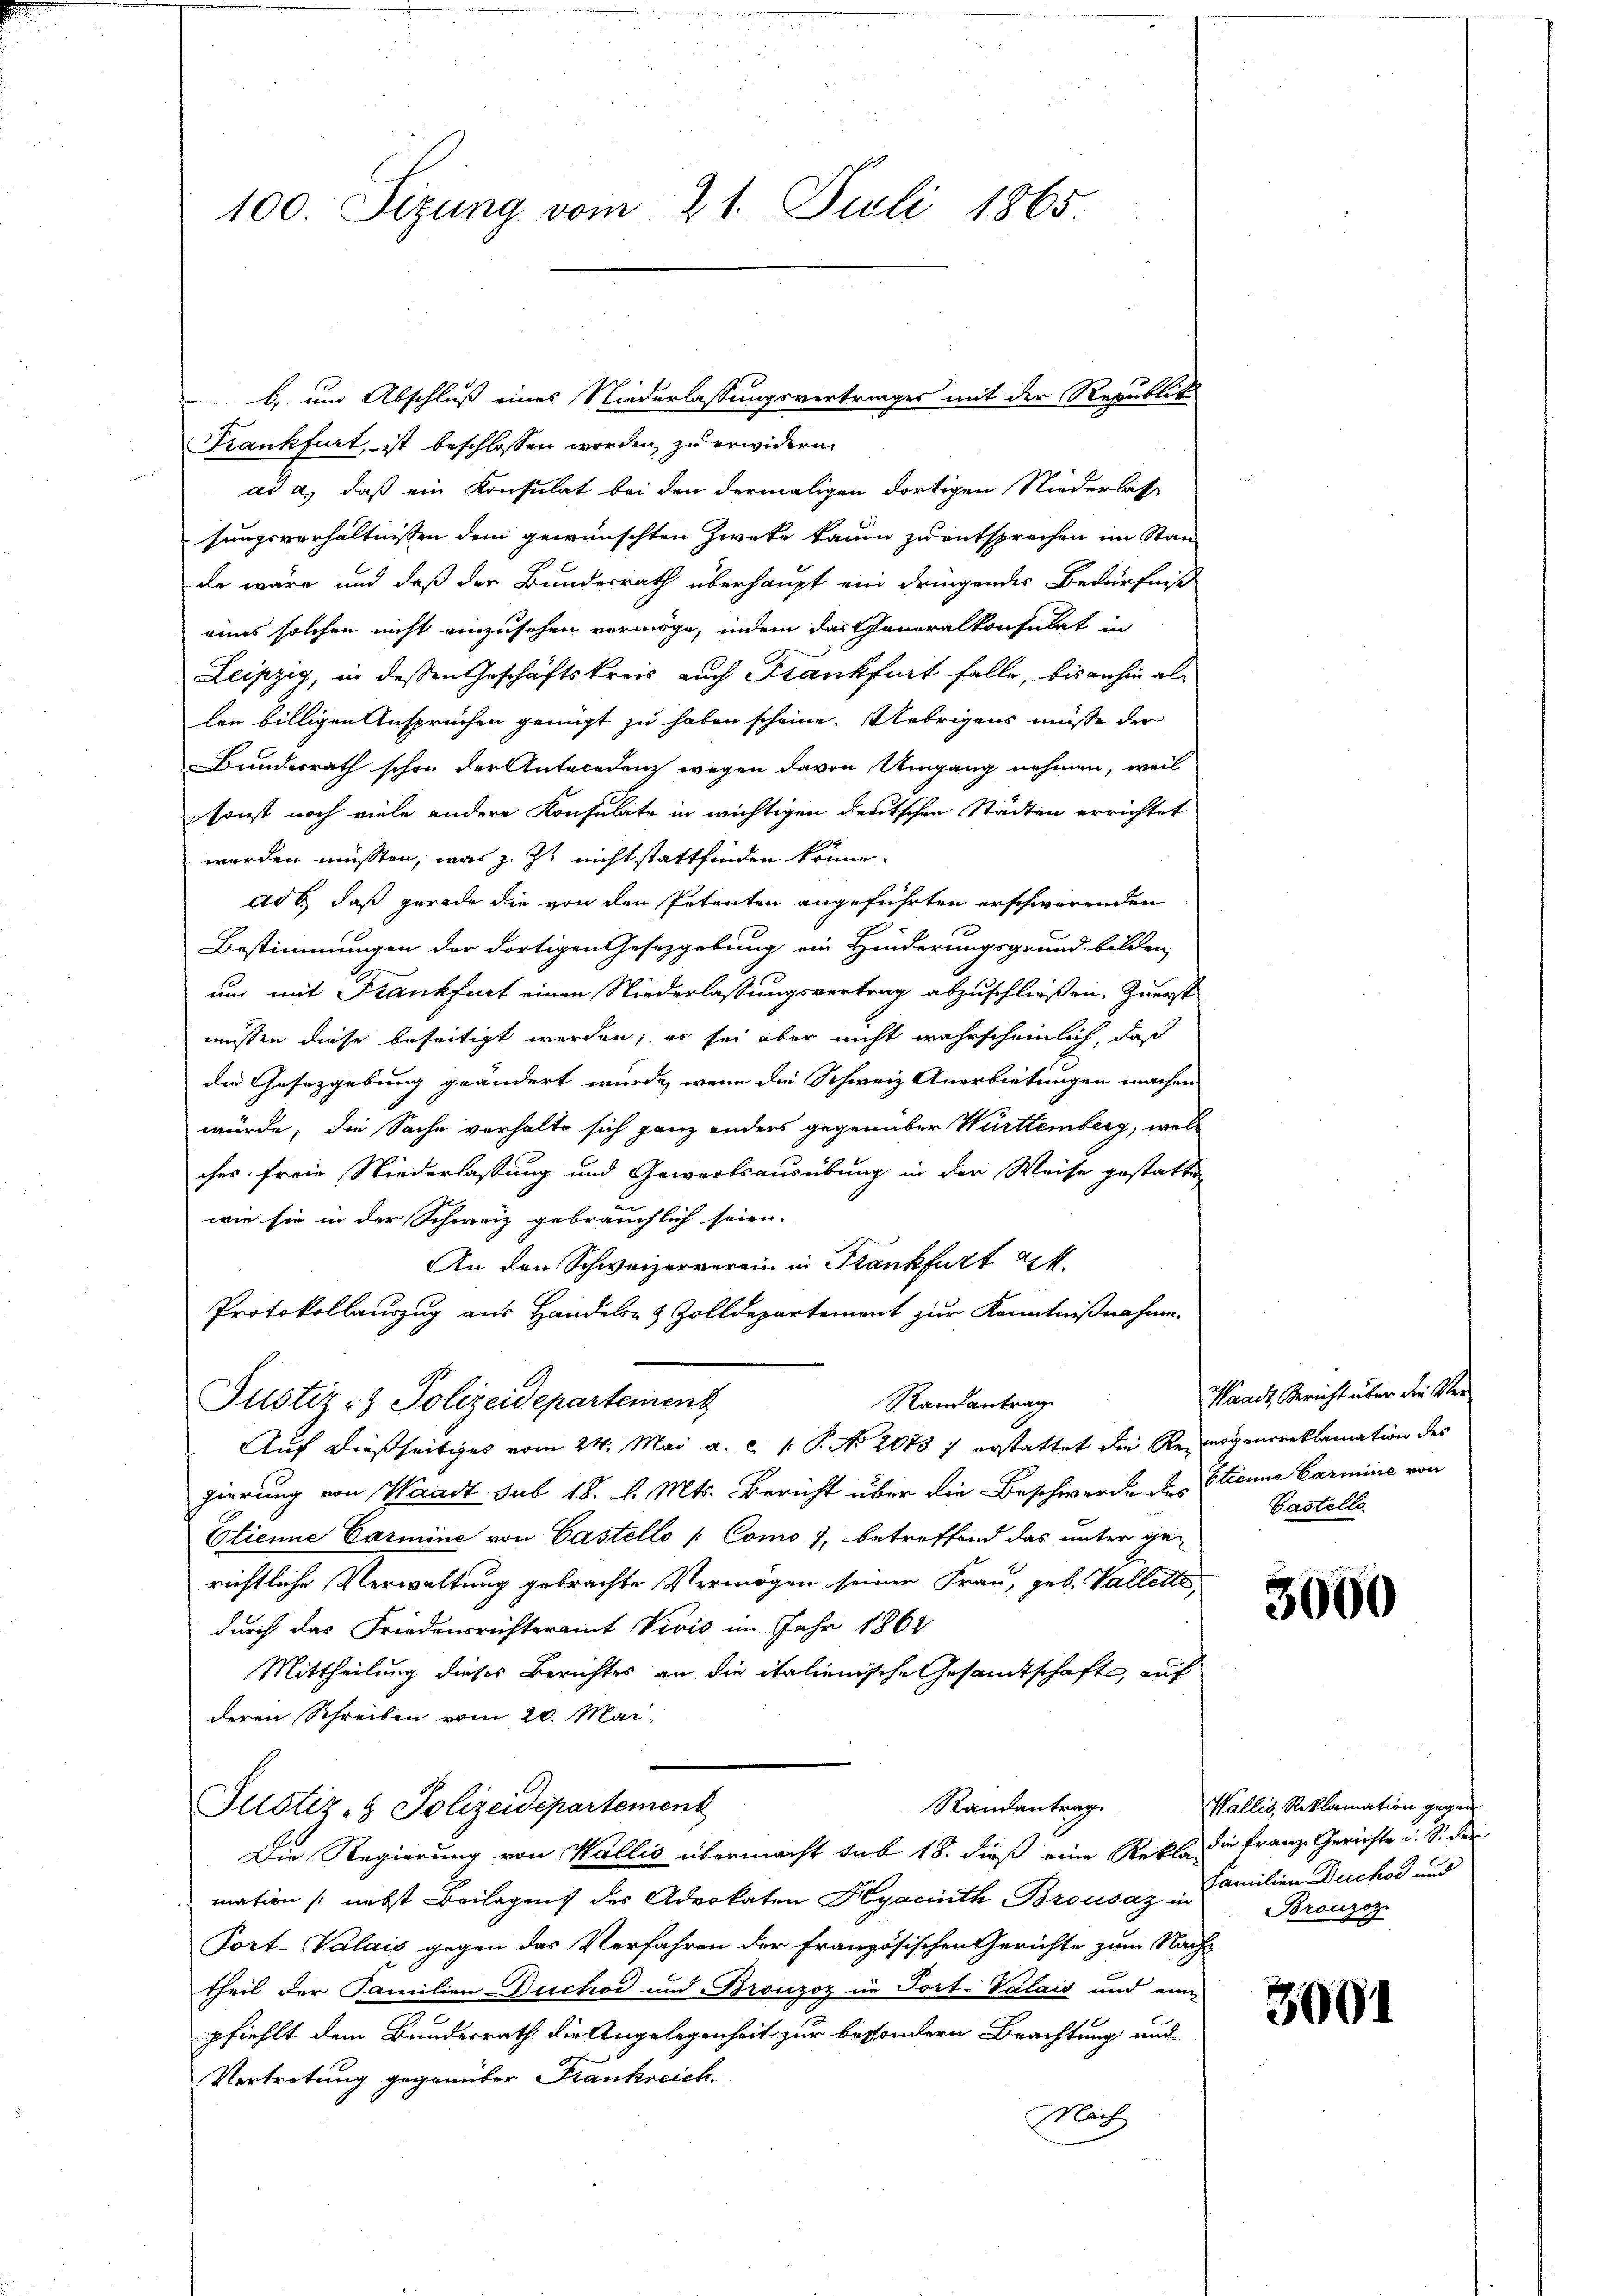
100. Sizung vom 21. Juli 1865.

Krankfurt, ist beschlossen worden, zu erwidern
ad a.) daß ein Konsulat bei den dermaligen dortigen Niederlasse
sungsverhältnissen dem gewünschten Zweke kaum zu entsprechen im Stan
de wäre und daß der Bundesrath überhaupt ein dringendes Bedürfniß
eines solchen nicht einzusehen vermöge, indem das Generalkonsulat in
Leipzig, in dessen Geschäftskreis auch Frankfurt falle, bis anhin allen billigen Anspruchen genügt zu haben scheine. Uebrigens müsse der
Bunderrath schon der Antecedenz wegen davon Umgang nehmen, weil
sonst noch viele andere Konsulate in wichtigen deutschen Städten errichtet
werden müssten, was z. Zt. nicht stattfinden könne.
ad b., daß gerade die von den Petenten angeführten erschwerenden
Bestimmungen der dortigen Gesetzgebung ein Hinderungsgrund bilden,
um mit Krankfurt einen Niederlassungsvertrag abzuschließen. Zuerst
müssen diese beseitigt werden; es sei aber nicht wahrscheinlich, daß
die Gesetzgebung geändert wurde, wenn die Schweiz Anerbietungen machen
würde; die Sache verhalte sich ganz anders gegenüber Württemberg, welches freie Niederlassung und Gewärtsausübung in der Weise gestatten
wie sie in der Schweiz gebräuchlich seien.
An den Schweizerverein in Frankfurt z.
Protokollauszug aus Handels- & Zolldepartement zur Kenntnißnahme
Justiz- & Polizeidepartement
Randantrag
Auf dießseitiges vom 24. Mai a. c. 1 S. No. 2073 ; erstattet die Rezeigensreklamation des
gierung von Waadt sub 18. d. Mts. Bericht über die Beschwerde des Etienne Carmine von
Etienne Carmine von Castello / Como 1, betreffend das unter ge-
richtliche Verwaltung gebrachte Vermögen seiner Frau, geb. Vallette,
durch das Friedensrichteramt Vivis im Jahr 1862
Mittheilung dieses Berichtes an die italienische Gesandtschaft, auf
deren Schreiben vom 20. Mai.
Randantrag
Justiz- & Polizeidepartement
Die Regierung von Wallis übermacht sub 18. dieß eine Rekla die Franz Gerichte u. S. der
mation (nebst Beilagens des Advokaten Hyacinth Brousaz Familien Duchod und
Port-Valais gegen das Verfahren der Französischen Gerichte zum Nach-
theil der Familien Duchor und Bronzoz im Port-Valais und eine
pfiehlt dem Bundesrath die Angelegenheit zur bessondern Brachtung und
Vertretung gegenüber Frankreich.
NNach

b, und Abschluß eines Niederlassungsvertrages mit der Republik

Waadt, Bericht über die Ver¬
Castelle

3000

Wallis, Reklamation gegen
Bronzoz

3001